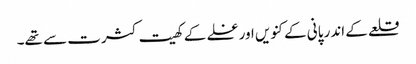
قلعے کے اندر پانی کے کنویں اورغلے کے کھیت کثرت سے تھے۔